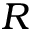
R